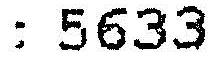
: 5633